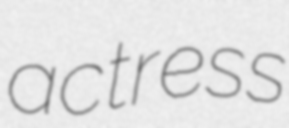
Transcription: actress